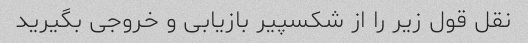
نقل قول زیر را از شکسپیر بازیابی و خروجی بگیرید